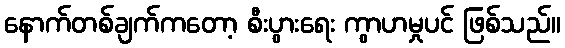
နောက်တစ်ချက်ကတော့ စီးပွားရေး ကွာဟမှုပင် ဖြစ်သည်။